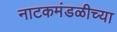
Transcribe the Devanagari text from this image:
नाटकमंडळीच्या